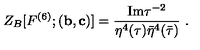
Z _ { B } [ F ^ { ( 6 ) } ; ( { \bf b } , { \bf c } ) ] = \frac { \mathrm { I m } \tau ^ { - 2 } } { \eta ^ { 4 } ( \tau ) \bar { \eta } ^ { 4 } ( \bar { \tau } ) } \ .